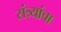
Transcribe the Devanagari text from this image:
संत्र्यांचा